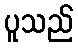
ပူသည်